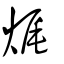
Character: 𤈦